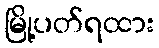
မြို့ပတ်ရထား